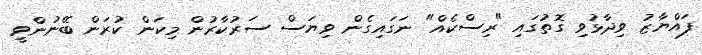
ފައްޔާޒު ވިދާޅުވި ގޮތުގައި "ރިސްކެއް" ނަގައިގެން ވިޔަސް ސަރުކާރުން މިކަން ކުރަން ބޭނުންވީ